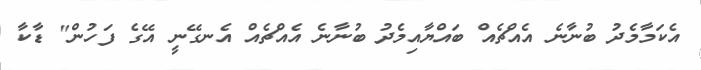
އެކަމާމެދު ބުނާނެ އެއްޗެއް ބައްޔާއިމެދު ބުނާނެ އެއްޗެއް އެނގޭނީ އޭގެ ފަހުން" ޑާކާ